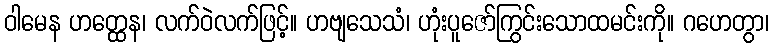
ဝါမေန ဟတ္ထေန၊ လက်ဝဲလက်ဖြင့်။ ဟဗျသေသံ၊ ဟုံးပူဇော်ကြွင်းသောထမင်းကို။ ဂဟေတွာ၊